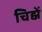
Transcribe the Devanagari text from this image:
चिह्नें